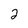
Character: 2